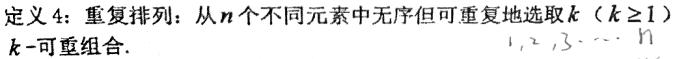
定义 4：重复排列：从$n$个不同元素中无序但可重复地选取$k\ (k\geq1)$ $k$-可重组合.